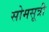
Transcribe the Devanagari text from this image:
सोमसूत्री